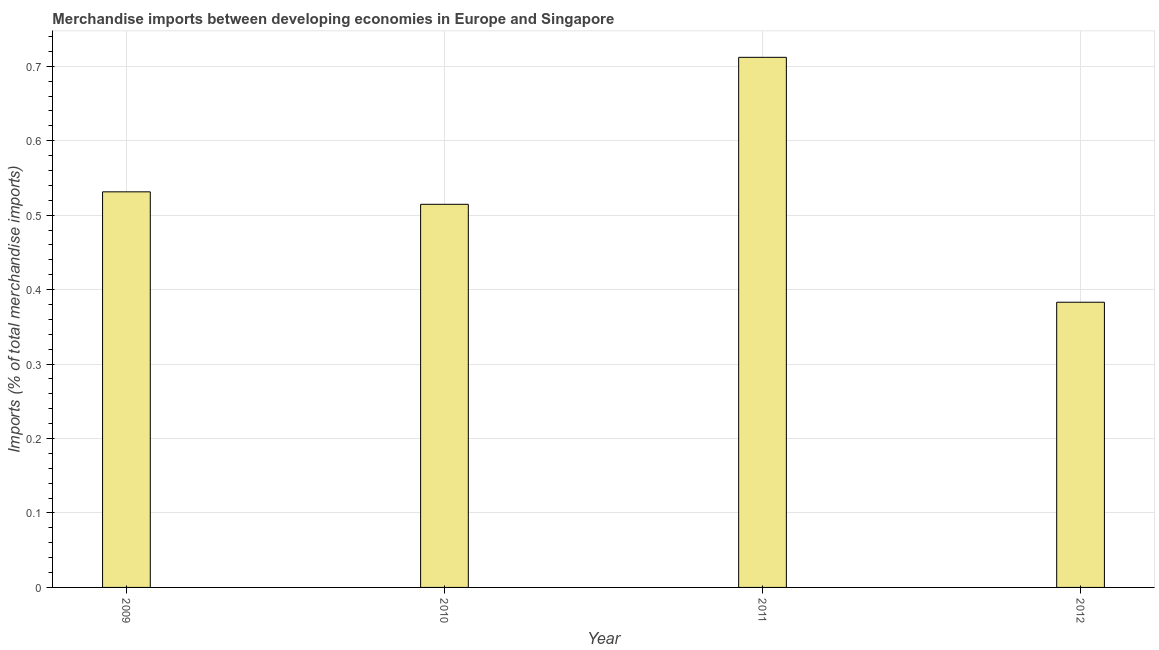
| Year | Merchandise imports |
 | --- | --- |
 | 2009 | 0.531 |
 | 2010 | 0.515 |
 | 2011 | 0.712 |
 | 2012 | 0.383 |